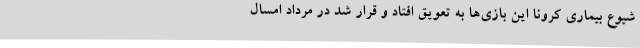
شیوع بیماری کرونا این بازی‌ها به تعویق افتاد و قرار شد در مرداد امسال